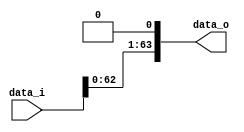
module Shift_Left_One_64(
    data_i,
    data_o
    );

//I/O ports                    
input [64-1:0] data_i;
output [64-1:0] data_o;

//shift left 1
assign data_o = data_i << 1;
		
endmodule